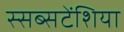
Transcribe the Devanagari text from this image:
स्सब्सटेंशिया